Annual report of the Punjab Veterinary College and of the Civil Veterinary Department, Punjab - 1920-1925
Year: 1920
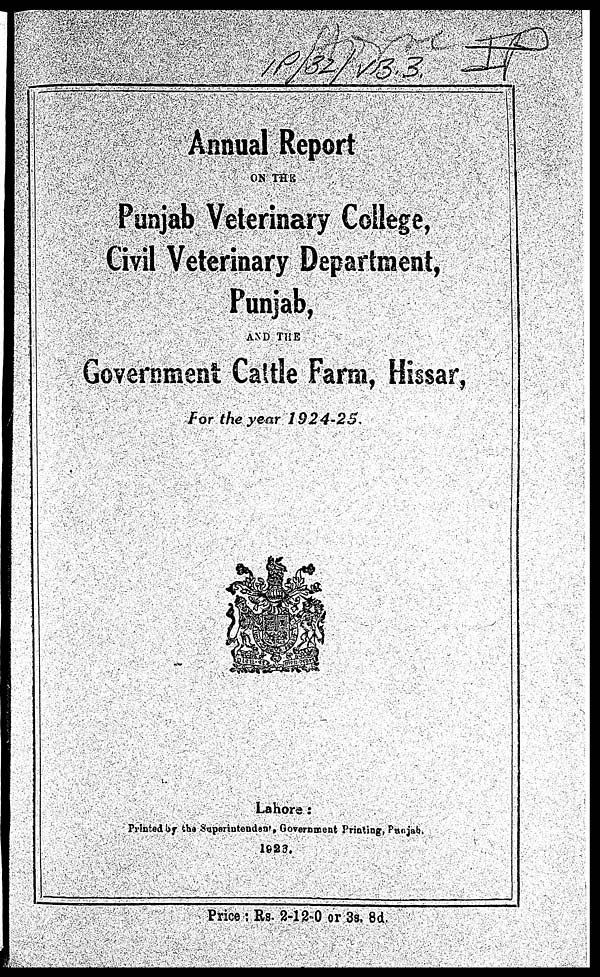
Annual Report
ON THE
Punjab Veterinary College,
Civil Veterinary Department,
Punjab,
AND THE
Government Cattle Farm, Hissar,
For the year
1924-25.
Lahore:
Printed by the Superintendent, Government Priating, Punjab.
1923.
Price : Rs. 2-12-0 or 3s, 8d.